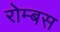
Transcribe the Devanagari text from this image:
रोम्बस